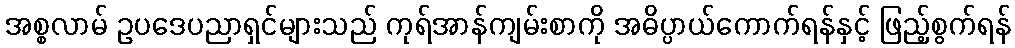
အစ္စလာမ် ဥပဒေပညာရှင်များသည် ကုရ်အာန်ကျမ်းစာကို အဓိပ္ပာယ်ကောက်ရန်နှင့် ဖြည့်စွက်ရန်